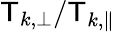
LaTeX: \mathsf{T}_{k,\perp}/\mathsf{T}_{k,\parallel}